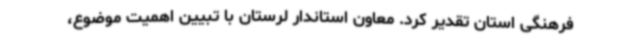
فرهنگی استان تقدیر کرد. معاون استاندار لرستان با تبیین اهمیت موضوع،